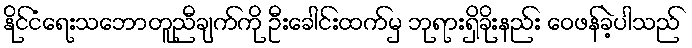
နိုင်ငံရေးသဘောတူညီချက်ကို ဦးခေါင်းထက်မှ ဘုရားရှိခိုးနည်း ဝေဖန်ခဲ့ပါသည်